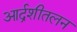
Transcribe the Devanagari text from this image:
आर्द्रशीतलन